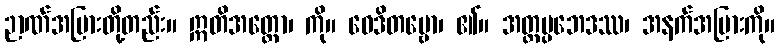
ဉာဏ်အပြားတို့တည်း။ ဣတိအတ္ထော၊ ကို။ ဝေဒိတဗ္ဗော၊ ၏။ အတ္ထပ္ပဘေဒဿ၊ အနက်အပြားကို။